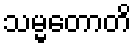
သမ္မတောတိ